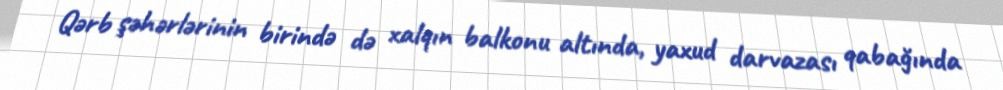
Qərb şəhərlərinin birində də xalqın balkonu altında, yaxud darvazası qabağında